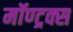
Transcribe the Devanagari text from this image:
मॉण्ट्रक्स